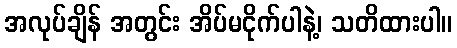
အလုပ်ချိန် အတွင်း အိပ်မငိုက်ပါနဲ့၊ သတိထားပါ။